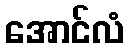
အောင်လံ